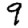
Digit: 9